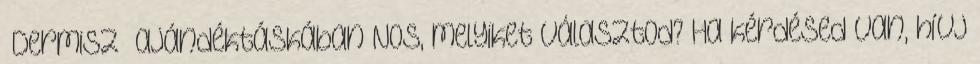
“Dermisz” ajándéktáskában Nos, melyiket választod? Ha kérdésed van, hívj